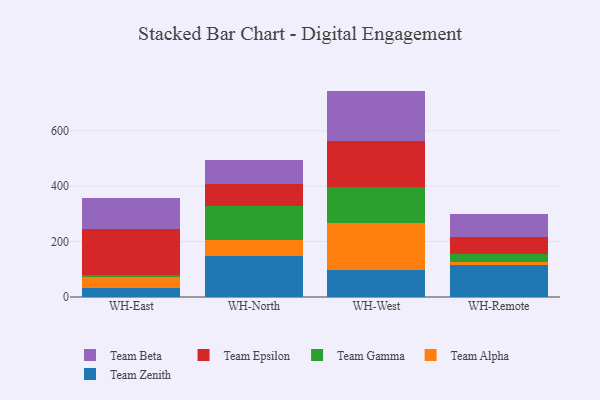
{"axis": {"x": "Warehouse", "y": "Shipments"}, "legend": ["Team Alpha", "Team Beta", "Team Epsilon", "Team Gamma", "Team Zenith"], "data": [{"x": "WH-East", "y": 31.0, "type": "Team Zenith"}, {"x": "WH-East", "y": 40.9, "type": "Team Alpha"}, {"x": "WH-East", "y": 8.1, "type": "Team Gamma"}, {"x": "WH-East", "y": 165.6, "type": "Team Epsilon"}, {"x": "WH-East", "y": 112.0, "type": "Team Beta"}, {"x": "WH-North", "y": 149.2, "type": "Team Zenith"}, {"x": "WH-North", "y": 58.2, "type": "Team Alpha"}, {"x": "WH-North", "y": 121.1, "type": "Team Gamma"}, {"x": "WH-North", "y": 78.5, "type": "Team Epsilon"}, {"x": "WH-North", "y": 88.8, "type": "Team Beta"}, {"x": "WH-West", "y": 96.8, "type": "Team Zenith"}, {"x": "WH-West", "y": 171.4, "type": "Team Alpha"}, {"x": "WH-West", "y": 127.9, "type": "Team Gamma"}, {"x": "WH-West", "y": 168.4, "type": "Team Epsilon"}, {"x": "WH-West", "y": 179.4, "type": "Team Beta"}, {"x": "WH-Remote", "y": 116.0, "type": "Team Zenith"}, {"x": "WH-Remote", "y": 10.4, "type": "Team Alpha"}, {"x": "WH-Remote", "y": 27.2, "type": "Team Gamma"}, {"x": "WH-Remote", "y": 64.4, "type": "Team Epsilon"}, {"x": "WH-Remote", "y": 81.0, "type": "Team Beta"}]}